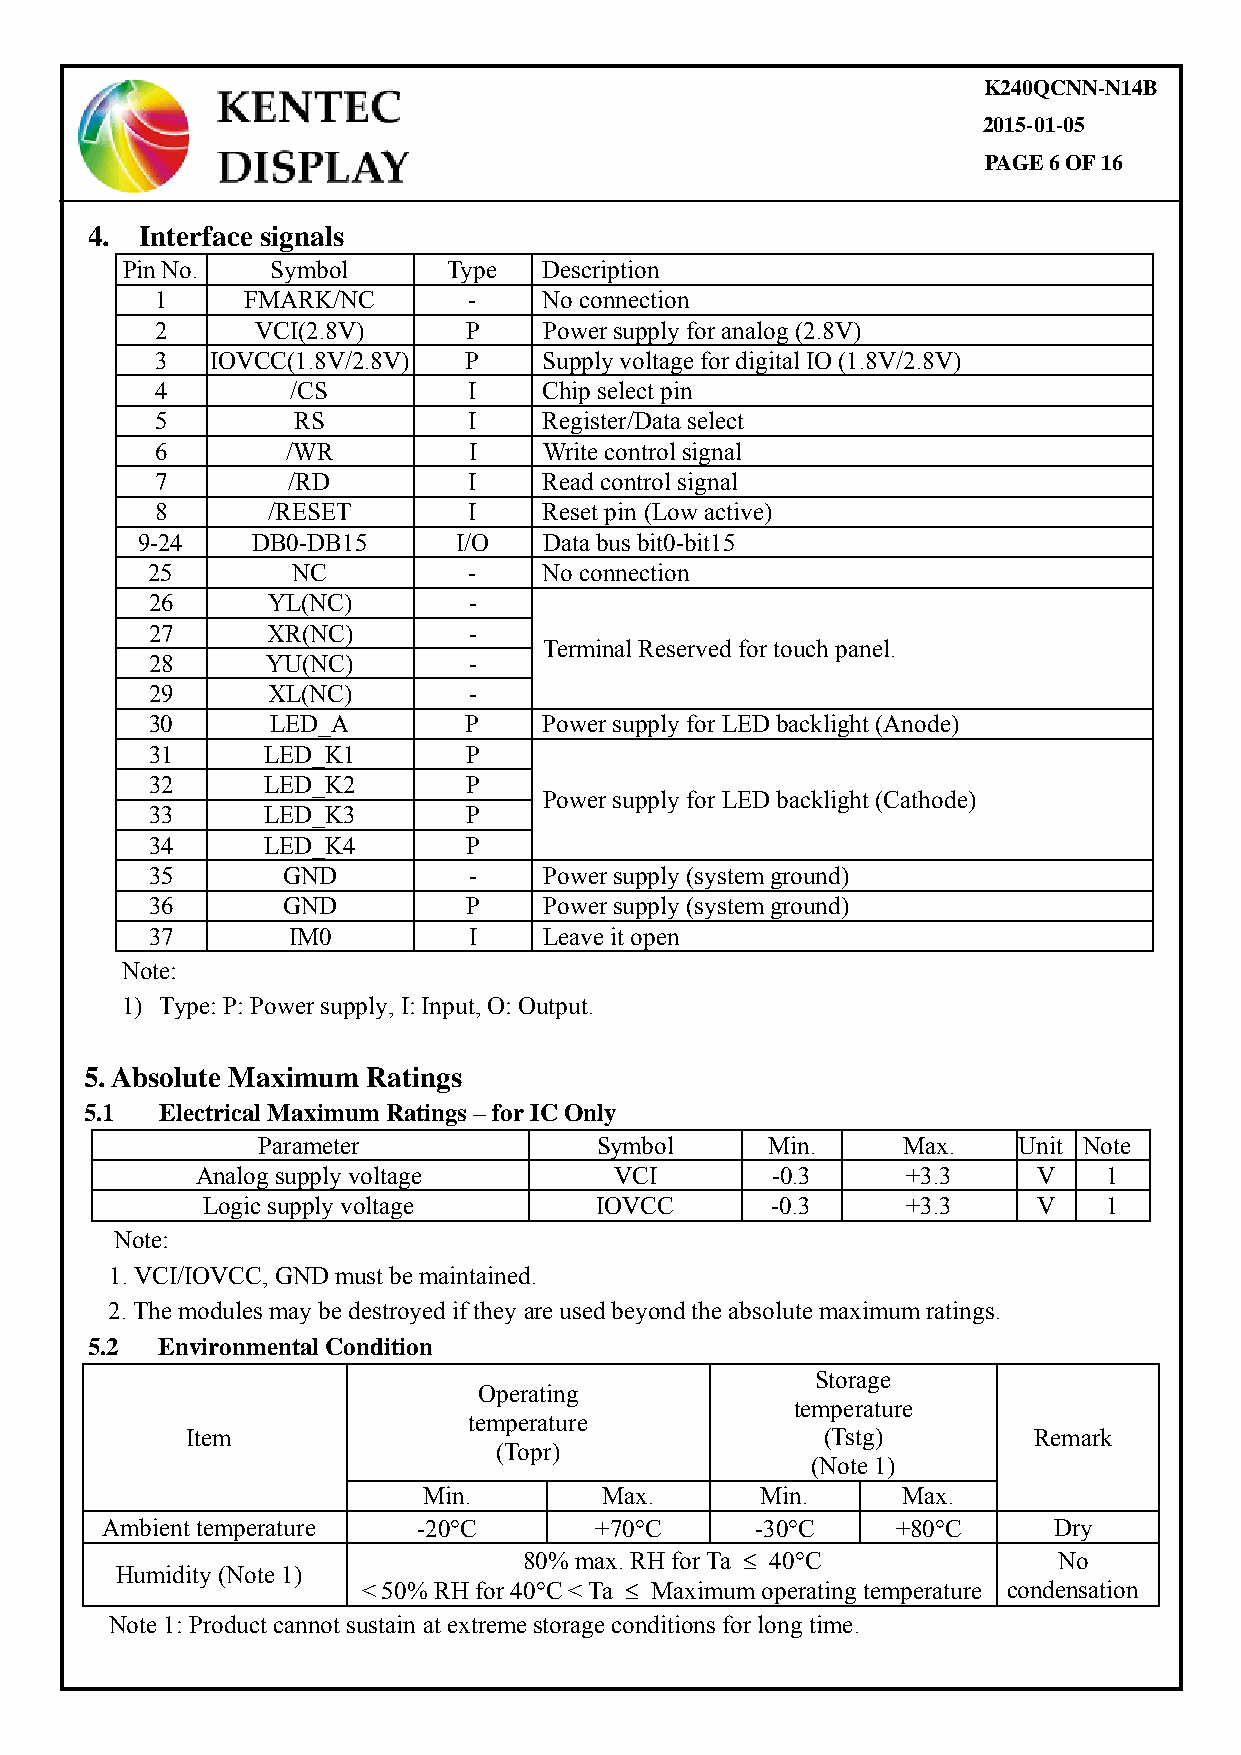
K240QCNN-N14B
 2015-01-05
 PAGE 6 OF 16
 4. Interface signals
 Pin No.   Symbol      Type  Description
 1     FMARK/NC       -    No connection
 2      VCI(2.8V)     P    Power supply for analog (2.8V)
 3   IOVCC(1.8V/2.8V) P    Supply voltage for digital IO (1.8V/2.8V)
 4        /CS         I    Chip select pin
 5         RS         I    Register/Data select
 6        /WR         I    Write control signal
 7        /RD         I    Read control signal
 8       /RESET       I    Reset pin (Low active)
 9-24    DB0-DB15     I/O   Data bus bit0-bit15
 25       NC          -    No connection
 26      YL(NC)       -
 27      XR(NC)       -
 Terminal Reserved for touch panel.
 28      YU(NC)       -
 29      XL(NC)       -
 30      LED_A        P    Power supply for LED backlight (Anode)
 31     LED_K1        P
 32     LED_K2        P
 Power supply for LED backlight (Cathode)
 33     LED_K3        P
 34     LED_K4        P
 35       GND         -    Power supply (system ground)
 36       GND         P    Power supply (system ground)
 37       IM0         I    Leave it open
 Note:
 1) Type: P: Power supply, I: Input, O: Output.
 5. Absolute Maximum Ratings
 5.1  Electrical Maximum Ratings – for IC Only
 Parameter             Symbol      Min.     Max.   Unit Note
 Analog supply voltage       VCI       -0.3     +3.3     V   1
 Logic supply voltage      IOVCC       -0.3     +3.3     V   1
 Note:
 1. VCI/IOVCC, GND must be maintained.
 2. The modules may be destroyed if they are used beyond the absolute maximum ratings.
 5.2  Environmental Condition
 Storage
 Operating
 temperature
 temperature
 Item                                      (Tstg)        Remark
 (Topr)
 (Note 1)
 Min.        Max.      Min.      Max.
 Ambient temperature  -20C      +70C      -30C    +80C      Dry
 80% max. RH for Ta  40C          No
 Humidity (Note 1)
 < 50% RH for 40C < Ta  Maximum operating temperature condensation
 Note 1: Product cannot sustain at extreme storage conditions for long time.